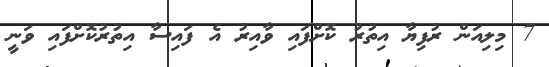
7 މިލިއަން ރުފިޔާ އިތުރު ކޮށްފައި ވާއިރު އެ ފައިސާ އިތުރުކޮށްފައި ވަނީ